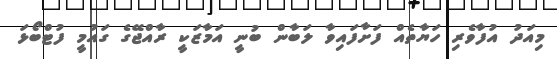
މިއަދު އުފާވެރި ހަޔާތެއް ފަށާފައިވާ ލަބާން ބުނީ އަމާޒަކީ ރާއްޖޭގެ ގައުމީ ފުޓްބޯޅަ